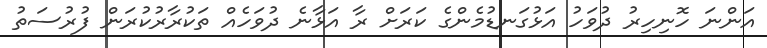
އަންނަ ހޮނިހިރު ދުވަހު އަޅުގަނޑުމެންގެ ކަރަށް ރާ އަޅާނެ ދުވަހެއް ތަކުރާރުކުރަން ފުރުސަތު